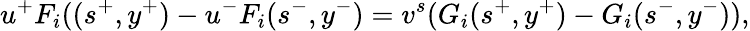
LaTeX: u^{+}F_{i}((s^{+},y^{+})-u^{-}F_{i}(s^{-},y^{-})=v^{s}(G_{i}(s^{+},y^{+})-G_{i}(s^{-},y^{-})),